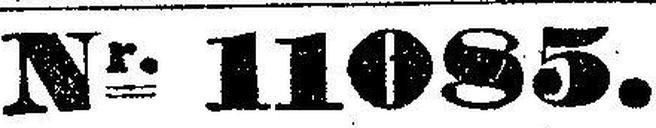
Nr. 11085